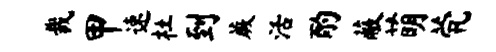
裁甲速杜到蕨活酌蔽萌茕